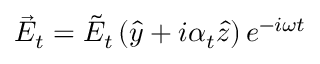
\vec { E } _ { t } = \Tilde { E } _ { t } \left( \hat { y } + i \alpha _ { t } \hat { z } \right) e ^ { - i \omega t }